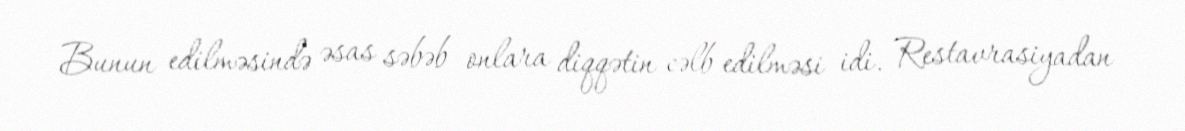
Bunun edilməsində əsas səbəb onlara diqqətin cəlb edilməsi idi. Restavrasiyadan